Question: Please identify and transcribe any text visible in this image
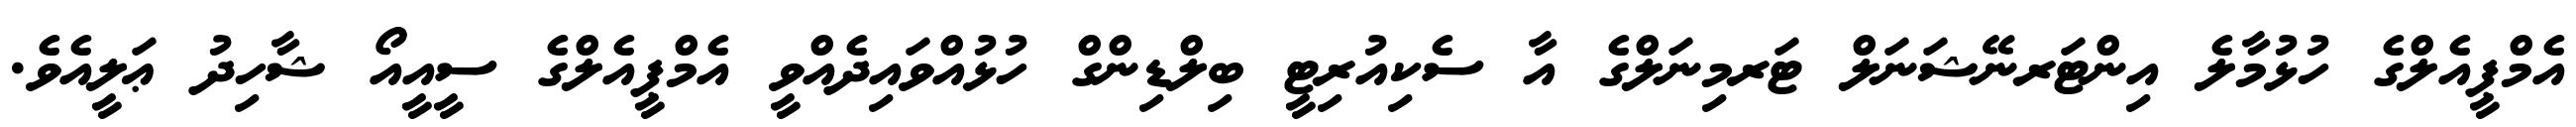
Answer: އެމްޕީއެލްގެ ހުޅުމާލެ އިންޓަރނޭޝަނަލް ޓަރމިނަލްގެ އާ ސެކިއުރިޓީ ބިލްޑިންގް ހުޅުއްވައިދެއްވީ އެމްޕީއެލްގެ ސީއީއޯ ޝާހިދު ޢަލީއެވެ.